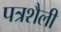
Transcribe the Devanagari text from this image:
पत्रशैली